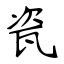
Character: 瓷